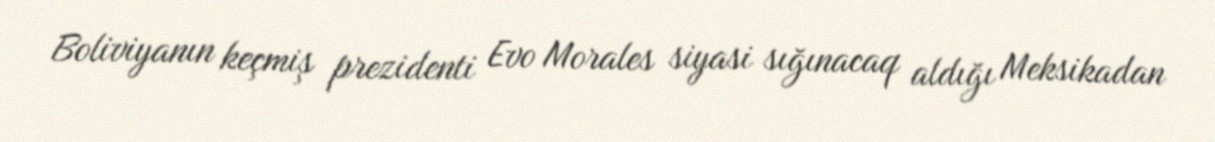
Boliviyanın keçmiş prezidenti Evo Morales siyasi sığınacaq aldığı Meksikadan